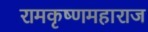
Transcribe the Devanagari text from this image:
रामकृष्णमहाराज